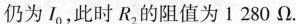
仍为I_{0}，此时R_{2}的阻值为1280Ω。